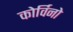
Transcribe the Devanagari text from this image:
कोर्विनो